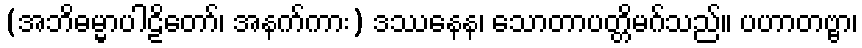
(အဘိဓမ္မာပါဠိတော်၊ အနက်ကား) ဒဿနေန၊ သောတာပတ္တိမဂ်သည်။ ပဟာတဗ္ဗာ၊